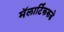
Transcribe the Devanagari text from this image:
मॅलार्टिककडे